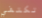
تكتفي